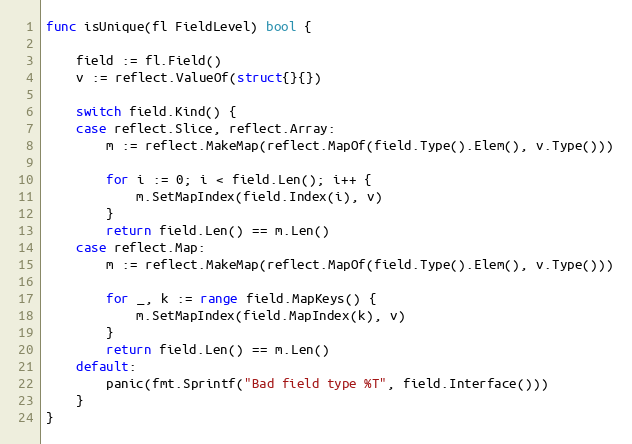
Language: Go
func isUnique(fl FieldLevel) bool {

	field := fl.Field()
	v := reflect.ValueOf(struct{}{})

	switch field.Kind() {
	case reflect.Slice, reflect.Array:
		m := reflect.MakeMap(reflect.MapOf(field.Type().Elem(), v.Type()))

		for i := 0; i < field.Len(); i++ {
			m.SetMapIndex(field.Index(i), v)
		}
		return field.Len() == m.Len()
	case reflect.Map:
		m := reflect.MakeMap(reflect.MapOf(field.Type().Elem(), v.Type()))

		for _, k := range field.MapKeys() {
			m.SetMapIndex(field.MapIndex(k), v)
		}
		return field.Len() == m.Len()
	default:
		panic(fmt.Sprintf("Bad field type %T", field.Interface()))
	}
}